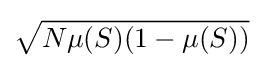
{\sqrt {N\mu (S)(1-\mu (S))}}